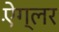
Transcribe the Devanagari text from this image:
ऐंग्लर